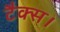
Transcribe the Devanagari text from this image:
टैक्स।